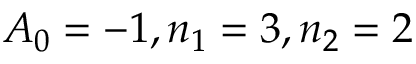
A _ { 0 } = - 1 , n _ { 1 } = 3 , n _ { 2 } = 2